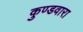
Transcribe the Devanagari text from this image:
कुण्डवारा